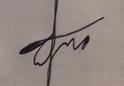
Signature authenticity: forged